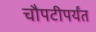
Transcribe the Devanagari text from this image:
चौपटीपर्यंत